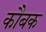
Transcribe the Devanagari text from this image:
कौबक